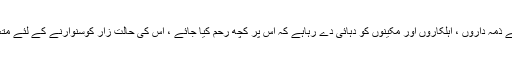
گندگی کے ڈھیروں تلے دبا یہ شہر انتظامی افسروں ، میونسپل کمیٹی کے ذمہ داروں ، اہلکاروں اور مکینوں کو دہائی دے رہاہے کہ اس پر کچھ رحم کیا جائے ، اس کی حالت زار کوسنوارنے کے لئے متعلقہ ادارے سمیت تمام اہلیان شہر کو کردار ادا کرنے کی ضرورت ہے ۔